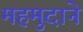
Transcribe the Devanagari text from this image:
महमुदाने